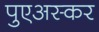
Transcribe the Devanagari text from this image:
पुएअस्कर